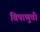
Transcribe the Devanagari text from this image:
विषाणुची